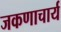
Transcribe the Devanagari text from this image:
जकणाचार्य